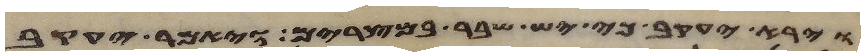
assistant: וירא יעקב כי יש שבר במצרים ויאמר יעקב